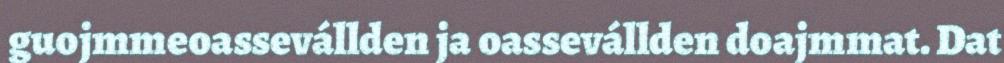
guojmmeoassevállden ja oassevállden doajmmat. Dat